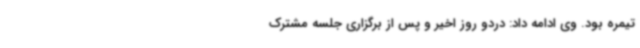
تیمره بود. وی ادامه داد: دردو روز اخیر و پس از برگزاری جلسه مشترک